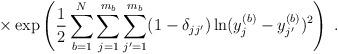
LaTeX: \begin{align*}\times \exp \left( \frac{1}{2}\sum_{b=1}^N \sum_{j=1}^{m_b} \sum_{j^\prime=1}^{m_{b}}(1-\delta_{j j^\prime})\ln (y^{(b)}_j - y^{(b)}_{j^\prime})^2 \right) \; .\end{align*}